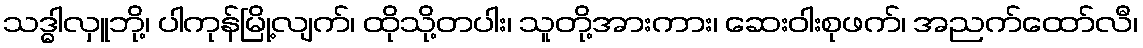
သဒ္ဓါလှူဘို့၊ ပါကုန်မြို့လျက်၊ ထိုသို့တပါး၊ သူတို့အားကား၊ ဆေးဝါးစုဖက်၊ အညက်ထော်လီ၊